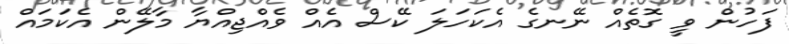
ފަހުން ވީ ގޮތެއް ނޭނގެ އެކަހަލަ ކޭސް އެއް ވެއްޖިއްޔާ މާލޭން އެކަމައް